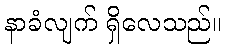
နာခံလျက် ရှိလေသည်။